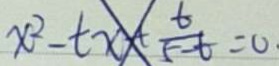
x ^ { 2 } - t x = \frac { t } { 5 - t } = 0